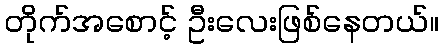
တိုက်အစောင့် ဦးလေးဖြစ်နေတယ်။